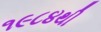
૧૯૮૪થી